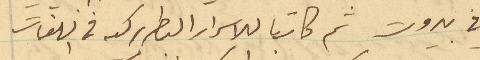
في بيروت ثم كاتبا للاسرار البطريركيه في اللغات